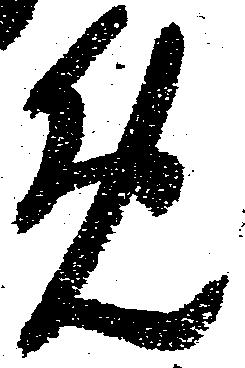
免